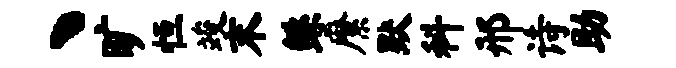
丶旷恒竣末鲧縻默科邢诗助